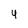
Character: 4